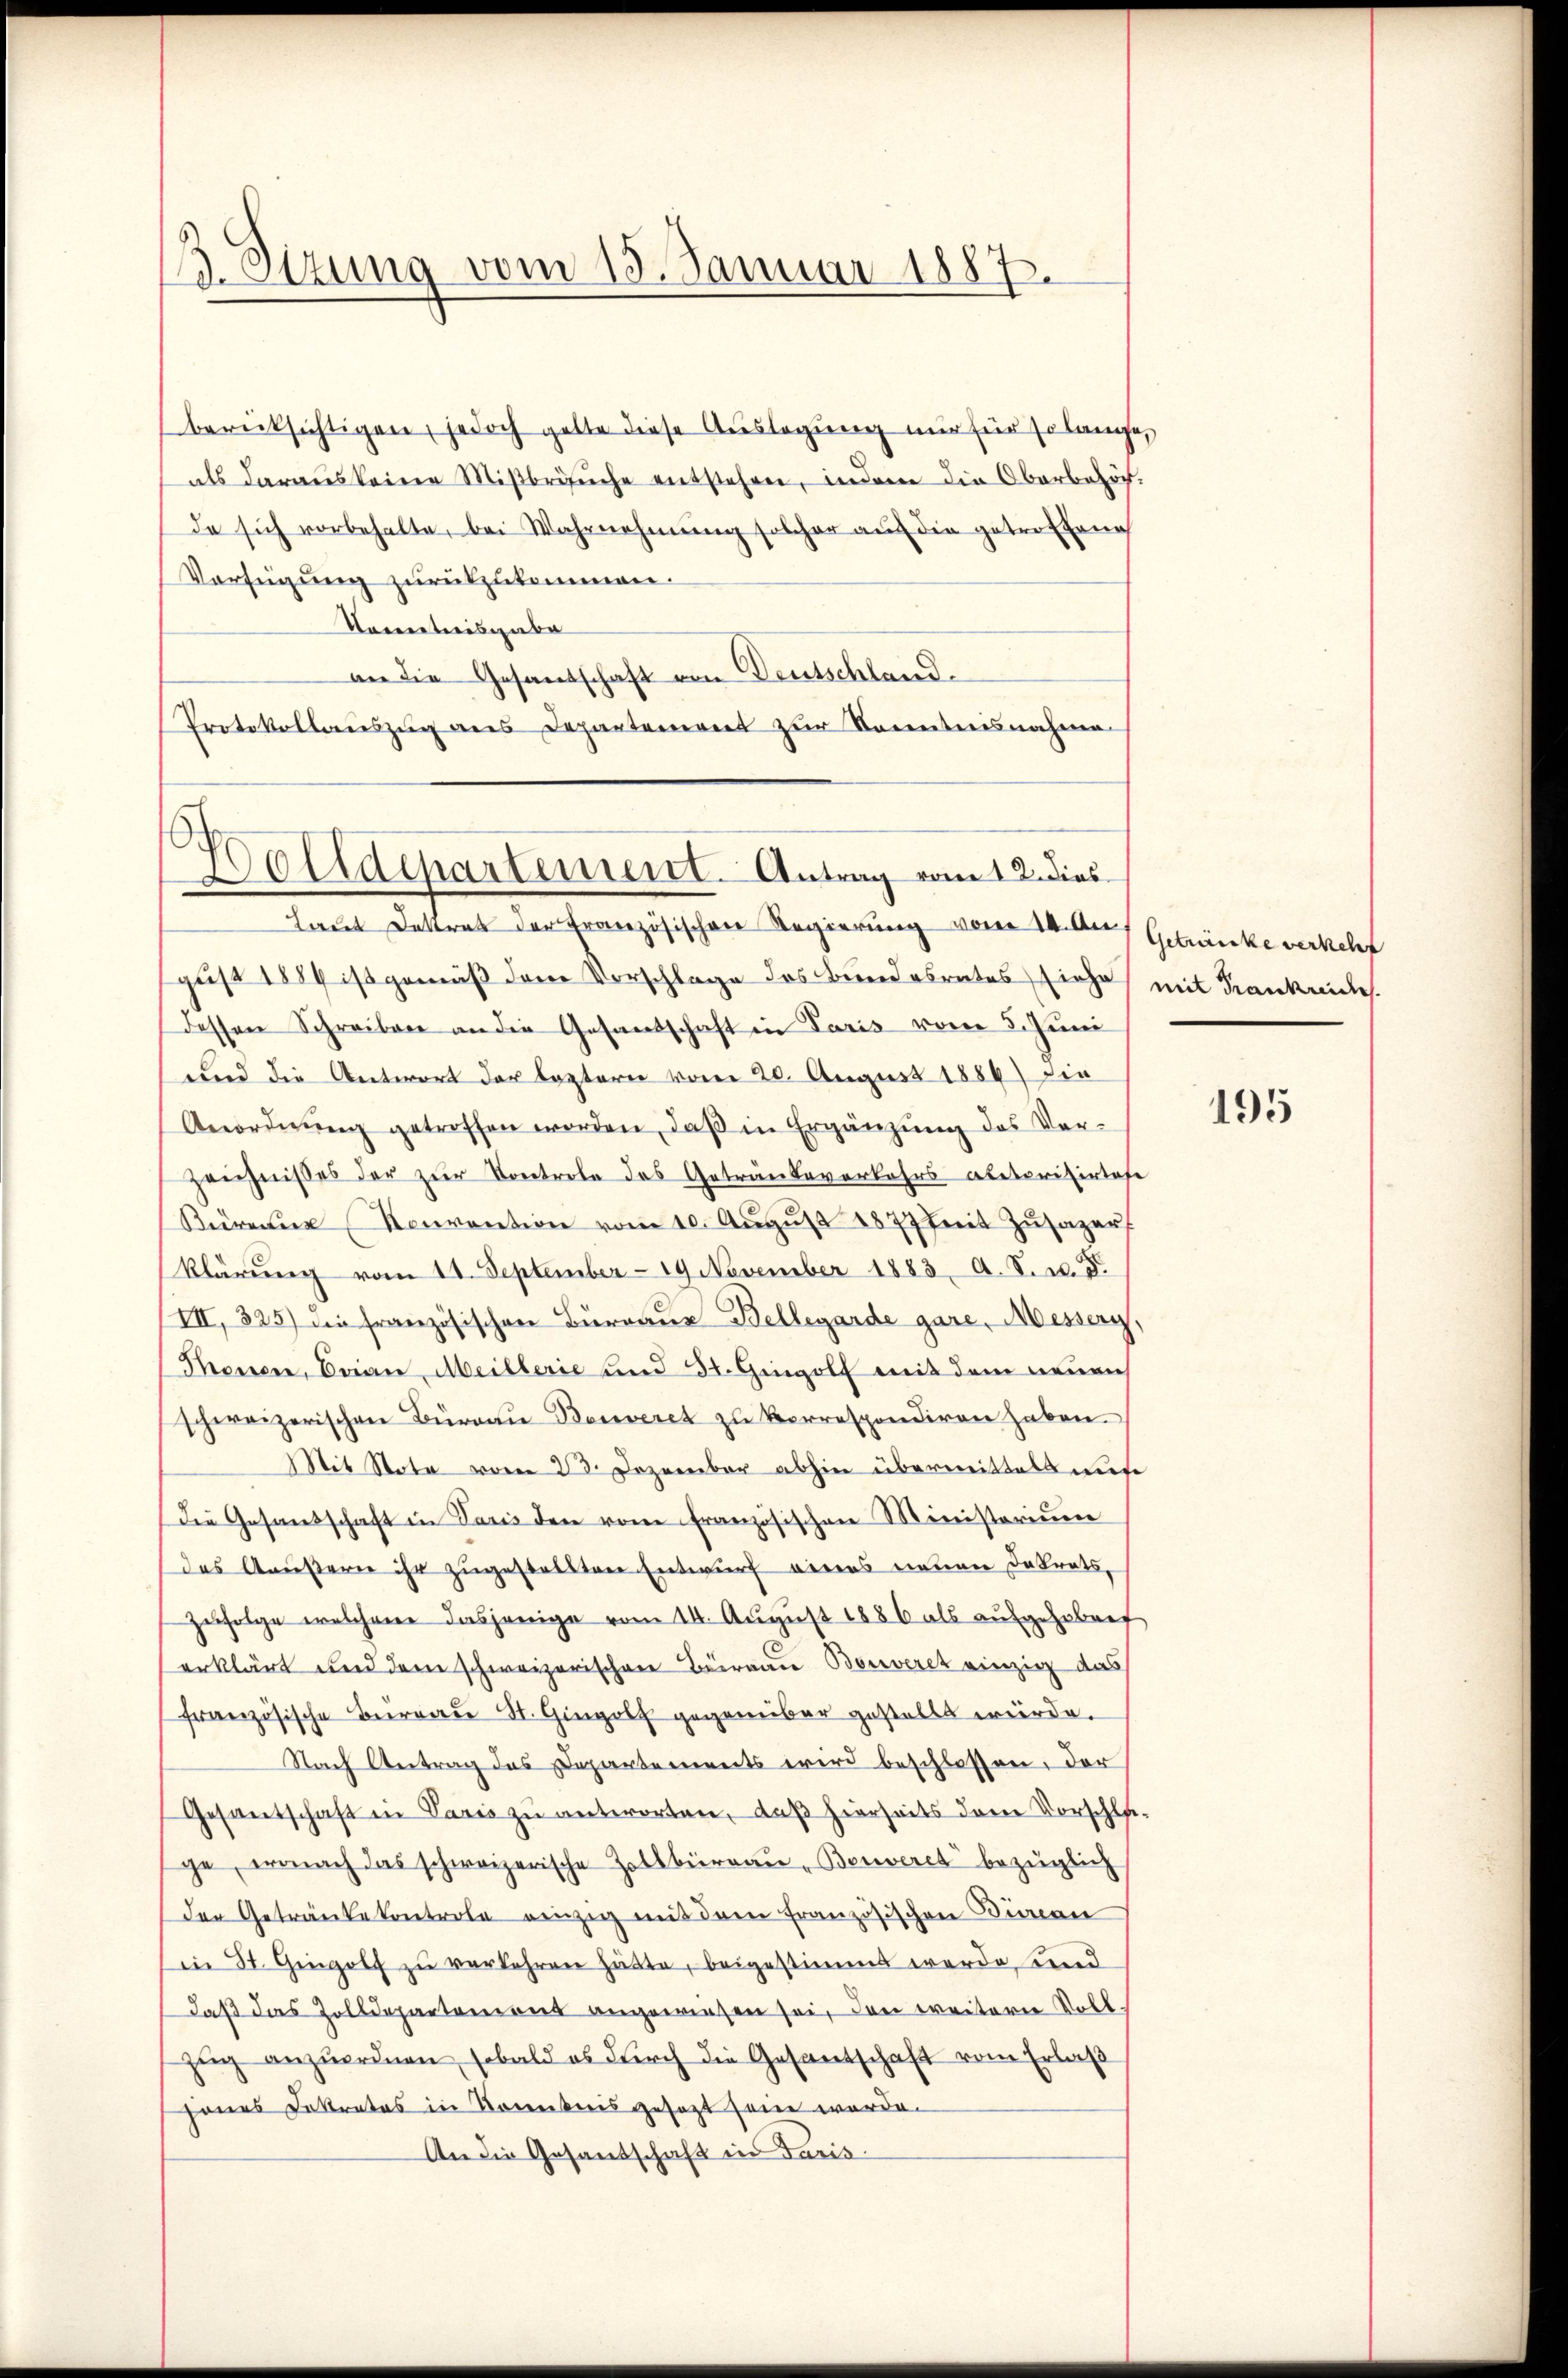
B. Sitzung vom 15. Januar 1887.

berücksichtigen, jedoch gelte diese Auslegung nur für Erlange,
als daraus keine Miβbrisŭche entstehen, indem die Oberbezöch-
da sich vorbehalte, bei Wahrnehmung solcher aŭf die getroffene
Verfügung zurückzukommen.
Kontreisgabe
an die Gesandschaft von Deutschland.
Protokollauszug aus Departement zur Kenntnisnahme

.
Otidepartement. Antrag vom 12. dies

Laut Dekret der Französischen Regierung vom 14. Der Getränke verkehr
gust 1884 ist gemäß dem Vorschlage des Bundesrates siehe mit Frankreiches.
dessen Schreiben an die Gesandschaft in Paris vom 5. Juni
und die Antwort der leztern vom 20. August 1884) die
Anordnŭng getroffen worden, daβ in Ergänzŭng des Ver¬
Zeichnisses der zur Kontrete des Getränkeverkehrs aberprisirtafe
Sür Konvention vom 10. Aŭgŭst 1877 mit Zŭsazer
klärŭng vom 14. September 19 November 1883. A. S. u. d.
III, 325) die französischen Büreaus Bellegarde gare, Messerg,
Monen, Brian, Meillerie und 31. Gugolf mit dem neuen
schweizerischen Büreaŭ Benveret zu verrespondiren haben.
Sit Note vom 28. Dezember abhin übermittels aus
Die Gesandschaft in Paris den von Französischen Ministerium
das Aeußern ihr zugestellten Entwurf eines neuen Inkrats-
Zufolge welchem dasjenige vom 14. August 1886 als aufgehoben
erklärt und dem schweizerischen Büreau Bonveret einzig das
französische Burgau St. Gingolf gegenüber gestellt würde.
Nach Antrag des Departements wird beschlossen, der
Gesantschaft in Paris zu antworten, daß hierseits dem Vorschlu
ge, wonach das schweizerische Zollbüreau "Benveret bezüglich
Der Getränke kontrole einzig mit dem französischen Büren
in St. Gingolf zu verkehren hätte, beigestimmt werde, und
daß das Zolldepartemont angewiesen sei, den weitere Voll
zug anzuordnen, sobald es durch die Gesantschaft vom Erlaß
sines Instrates in Kenntnis gesetzt sein werde.
An die Gesandschaft in Paris

195